Vaccination in Bombay 1856-1862 - 1856-1862
Year: 1856
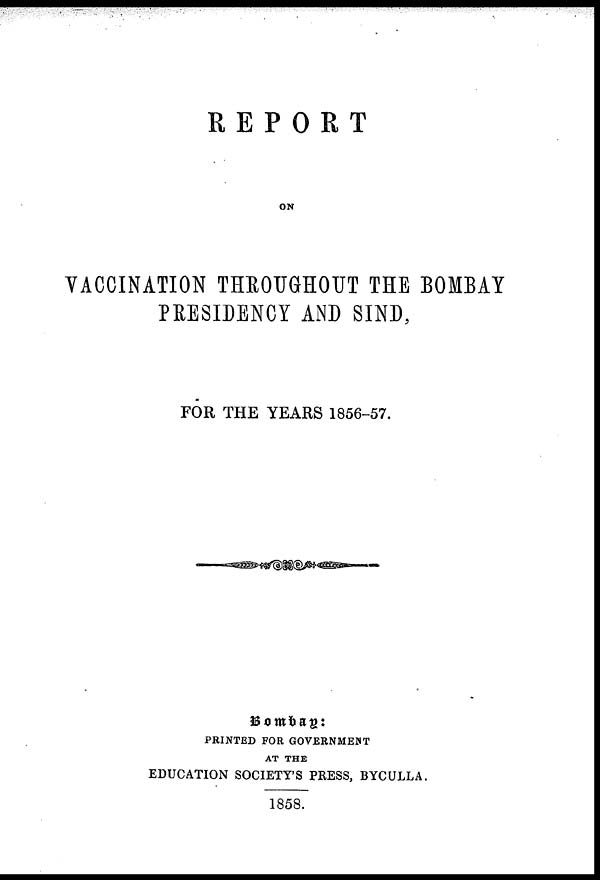
REPORT
ON
VACCINATION THROUGHOUT THE BOMBAY
PRESIDENCY AND SIND,
FOR THE YEARS 1856-57.
Bombay:
PRINTED FOR GOVERNMENT
AT THE
EDUCATION SOCIETY'S PRESS, BYCULLA.
1858.